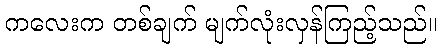
ကလေးက တစ်ချက် မျက်လုံးလှန်ကြည့်သည်။